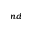
^ { n d }